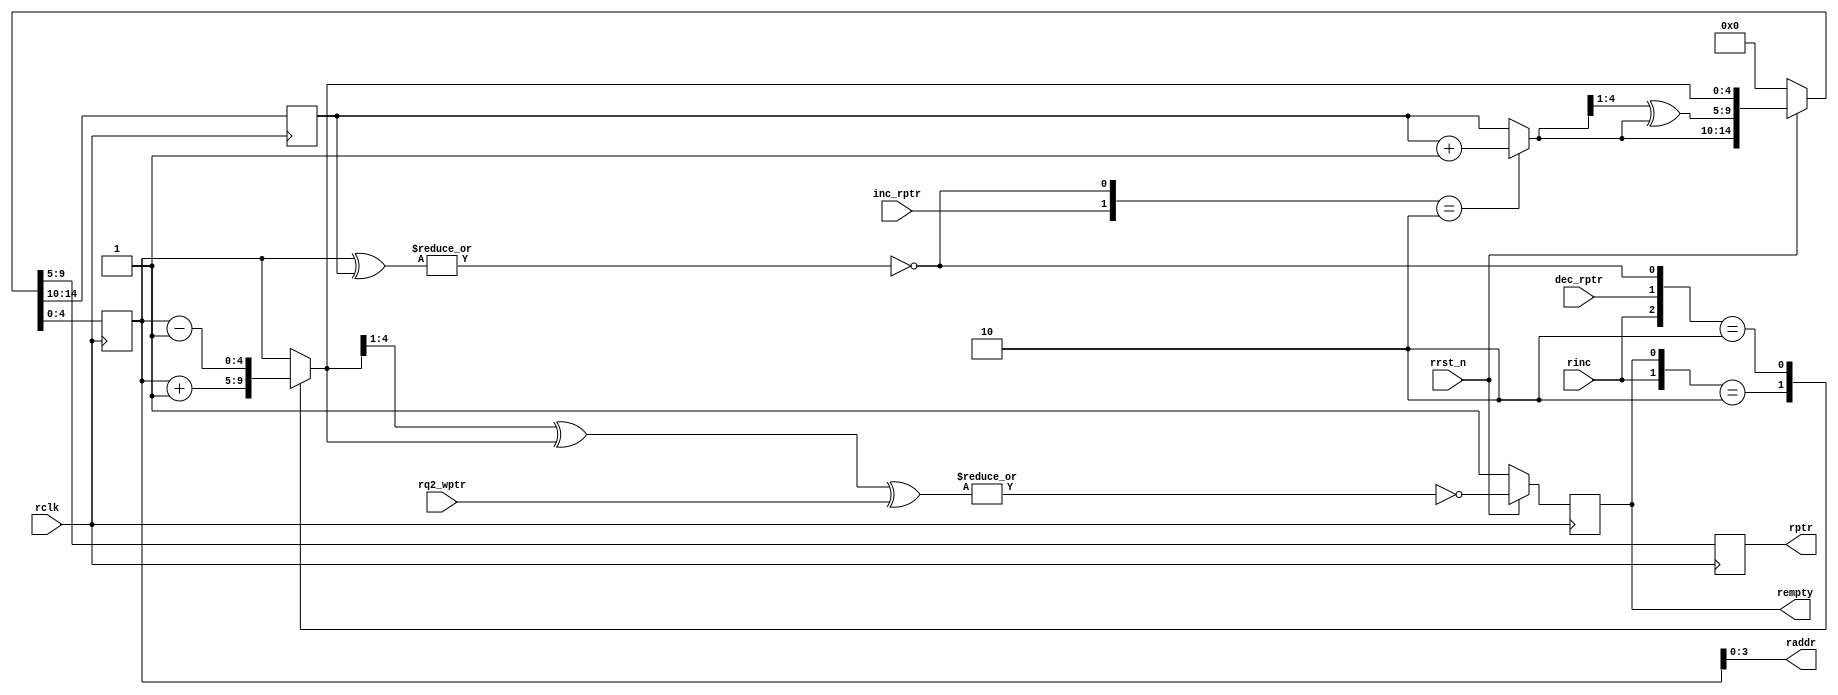
/*
 * Copyright (c) 2017 
 * All rights reserved.
 * 
 * - Computer Architecture Group, University of Heidelberg
 * 		Markus Mueller <markus.mueller@ziti.uni-heidelberg.de>
 * - EXTOLL GmbH
 * 		Mondrian Nueslle <mondrian.nuessle@extoll.de>
 * 
 * This file is confidential and may not be distributed.
 * 
 * Usage granted for the assignments of the "Design Digitaler Schlatkreise" Lecture,
 * ADL Group, University of Karlsruhe (KIT)
 * 
 * For other usages, please contact the Copyright holders for permission.
 *
 * 
 *
 * University of Heidelberg
 * Computer Architecture Group
 * B6 26
 * 68131 Mannheim
 * Germany
 * http://www.ra.ziti.uni-heidelberg.de
 *
 */ 
`default_nettype none

module empty_logic_spec_shift_out_1_inc #(
		parameter ASIZE		= 4,
		parameter HANDSHAKE	= 0
	) (
		input wire				rclk, rrst_n,
		input wire				rinc,
		input wire				inc_rptr,
		input wire				dec_rptr,
		input wire [ASIZE:0]	rq2_wptr,
		output reg				rempty,
		output reg [ASIZE:0]	rptr,
		output wire [ASIZE-1:0]	raddr
	);

	reg [ASIZE:0]	rbin, rbin_next;
	reg [ASIZE:0]	rbin_tmp, rbin_tmp_next;

	wire			no_spec_val;
	wire			rempty_val;

	// checking whether there is speculative data present or not
	assign no_spec_val		= ~(|(rbin_tmp ^ rbin));
	assign raddr			= rbin_tmp[ASIZE-1:0];

	generate
		if (HANDSHAKE)
		begin: handshake_gen
			assign rempty_val	= ~(|(rbin_tmp_next ^ rq2_wptr));

			`ifdef ASYNC_RES
			always @(posedge rclk or negedge rrst_n) `else
			always @(posedge rclk) `endif
			begin
				if (!rrst_n)
					{rbin, rptr, rbin_tmp} <= {3*(ASIZE+1) {1'b0}};
				else
					{rbin, rptr, rbin_tmp} <= {rbin_next, rbin_next, rbin_tmp_next};
			end
		end
		else
		begin: direct_sync_gen
			wire [ASIZE:0]	rgray_next;
			wire [ASIZE:0]	rtmp_gray_next;

			// converting binary address to gray code
			assign rgray_next		= (rbin_next>>1) ^ rbin_next;
			// converting speculative pointer to gray code
			assign rtmp_gray_next	= (rbin_tmp_next>>1) ^ rbin_tmp_next;
			// calculating empty value
			assign rempty_val		= ~(|(rtmp_gray_next ^ rq2_wptr));

			`ifdef ASYNC_RES
			always @(posedge rclk or negedge rrst_n) `else
			always @(posedge rclk) `endif
			begin
				if (!rrst_n)
					{rbin, rptr, rbin_tmp} <= {3*(ASIZE+1) {1'b0}};
				else
					{rbin, rptr, rbin_tmp} <= {rbin_next, rgray_next, rbin_tmp_next};
			end
		end
	endgenerate

	// calculating the commited read pointer based on increment and decrement signals
	// this pointer is used for the full generation on the other side
	// ATTENTION: GLITCHES IN THE SYNC PROCESS MAY OCCUR IF HANDSHAKE OPTION IS NOT ACTIVATED!!!
	always @( * )
	begin
		case ({inc_rptr, no_spec_val})
			2'b10:		rbin_next = rbin + 1'b1;
			default:	rbin_next = rbin;
		endcase
	end

	// calculating the speculative read pointer based on shift out signal and decrement
	// this pointer is used for the empty generation, as well as the actual read operation
	always @( * )
	begin
		// SIMULTANEOUS SHIFT_IN AND DEC IS NOT ALLOWED!
		casez ({rinc, dec_rptr, rempty, no_spec_val})
			4'b1?0?:	rbin_tmp_next = rbin_tmp + 1'b1;
			4'b01?0:	rbin_tmp_next = rbin_tmp - 1'b1;
			default:	rbin_tmp_next = rbin_tmp;
		endcase
	end

	`ifdef ASYNC_RES
	always @(posedge rclk or negedge rrst_n) `else
	always @(posedge rclk) `endif
	begin
		if (!rrst_n)
			rempty <= 1'b1;
		else
			rempty <= rempty_val;
	end

`ifdef CAG_ASSERTIONS
	final
	begin
		read_pointer_match_assert:	assert (rq2_wptr == rptr);
		rempty_not_set_assert:		assert (rempty);
	end
`endif

endmodule

`default_nettype wire